Document type: Emphyteutic lease
Year: 1316
Scribe: Guillem de Vila
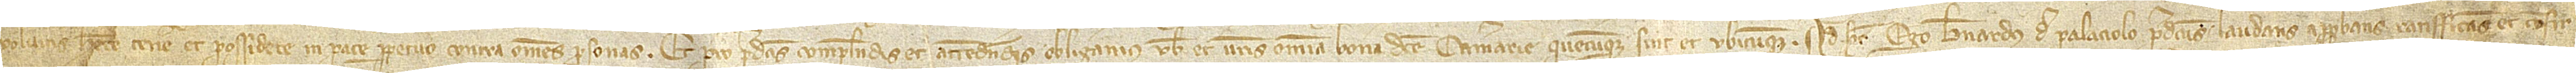
volueritis habere, tenere et possidere in pace perpetuo contra omnes personas. Et pro predictis complendis et attendendis obligamus vobis et vestris omnia bona dicte camerarie quecumque sint et ubicumque. Ad hec ego Bernardus de Palaciolo predictus, laudans, approbans, ratifficans et confir-